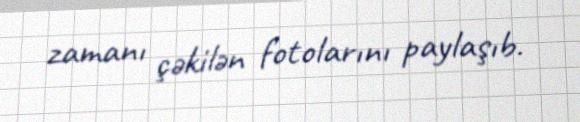
zamanı çəkilən fotolarını paylaşıb.